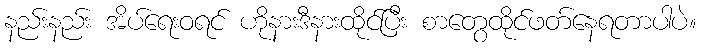
နည်းနည်း အိပ်ရေးဝရင် ဟိုနားဒီနားထိုင်ပြီး စာတွေထိုင်ဖတ်နေရတာပါပဲ။